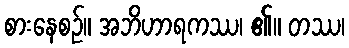
စားနေစဉ်။ အဘိဟာရကဿ၊ ၏။ တဿ၊